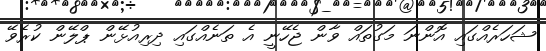
ޝަހަރެއްގައި އޮންނަ މަގުތައް ވާން ޖެހޭނީ އެ ތަނެއްގައި ދިރިއުޅޭން ޕްލޭން ކުރެވޭ